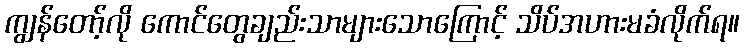
ကျွန်တော့်လို ကောင်တွေချည်းသာများသောကြောင့် သိပ်အဟားမခံလိုက်ရ။